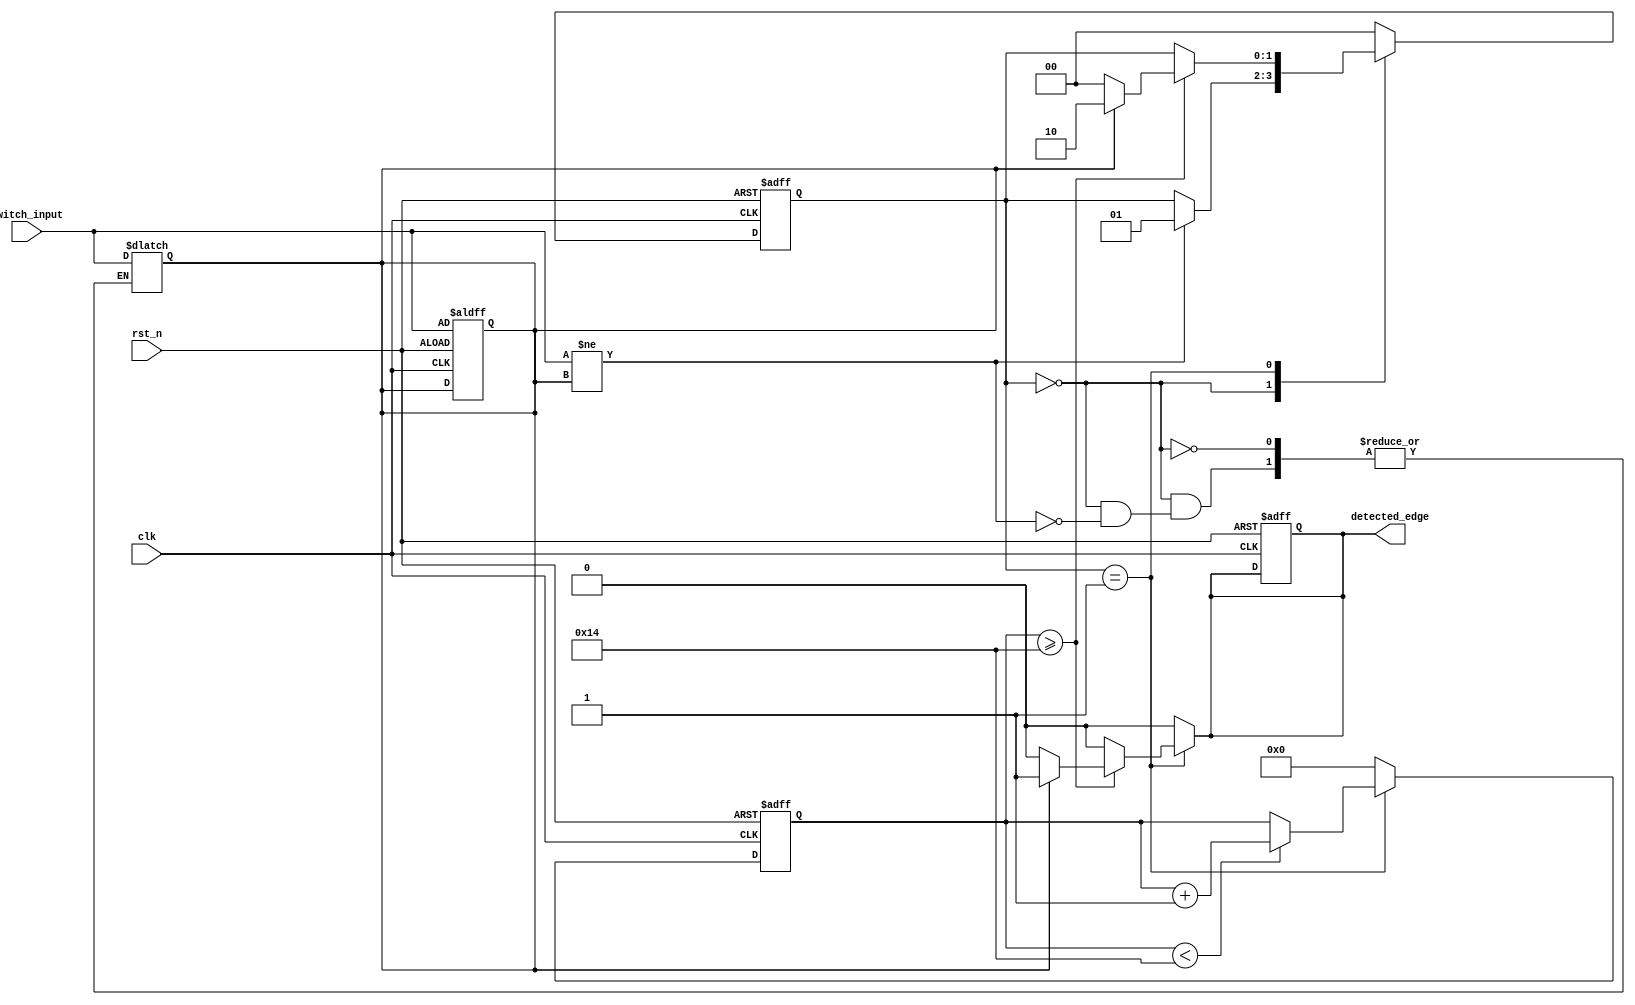
module debounced_edge_detector (
    input wire clk,               // System clock
    input wire rst_n,             // Active low reset
    input wire switch_input,      // Raw switch input
    output reg detected_edge      // Debounced output signal
);

    // Parameters
    parameter DEBOUNCE_TIME = 20; // Debounce time in clock cycles
    parameter SAMPLING_TIME = 1;   // Sampling time in clock cycles

    // State variables
    reg [1:0] current_state, next_state;
    reg [4:0] counter;             // Counter for debounce time (5-bit for up to 31 clock cycles)
    reg stable_input;              // Holds the stable state of the switch input

    // State definitions
    localparam WAIT_STABLE = 2'b00, DEBOUNCE = 2'b01, EDGE_REPORTED = 2'b10;

    // Sequential logic: State transition and counting
    always @(posedge clk or negedge rst_n) begin
        if (!rst_n) begin
            current_state <= WAIT_STABLE;
            counter <= 0;
            detected_edge <= 0;
            stable_input <= switch_input;
        end else begin
            current_state <= next_state;
            if (current_state == DEBOUNCE) begin
                if (counter < DEBOUNCE_TIME)
                    counter <= counter + SAMPLING_TIME;
                else
                    counter <= counter; // Counter holds until reset
            end else begin
                counter <= 0; // Reset counter when not in debounce state
            end
        end
    end

    // Combinational logic: Next state logic and output logic
    always @(*) begin
        next_state = current_state;
        detected_edge = 0;

        case (current_state)
            WAIT_STABLE: begin
                // Check if switch input has changed
                if (switch_input != stable_input) begin
                    stable_input = switch_input; // Update stable input
                    next_state = DEBOUNCE;       // Go to debounce state
                end
            end

            DEBOUNCE: begin
                // If stable input remains for debounce time
                if (counter >= DEBOUNCE_TIME) begin
                    if (stable_input != detected_edge) begin
                        detected_edge = stable_input; // Output the stable state
                        next_state = EDGE_REPORTED;   // Move to edge reported state
                    end else begin
                        next_state = WAIT_STABLE; // Go back to wait stable
                    end
                end
            end

            EDGE_REPORTED: begin
                // After reporting the edge, wait for a stable state
                next_state = WAIT_STABLE;
            end

            default: begin
                next_state = WAIT_STABLE; // Default state
            end
        endcase
    end
endmodule